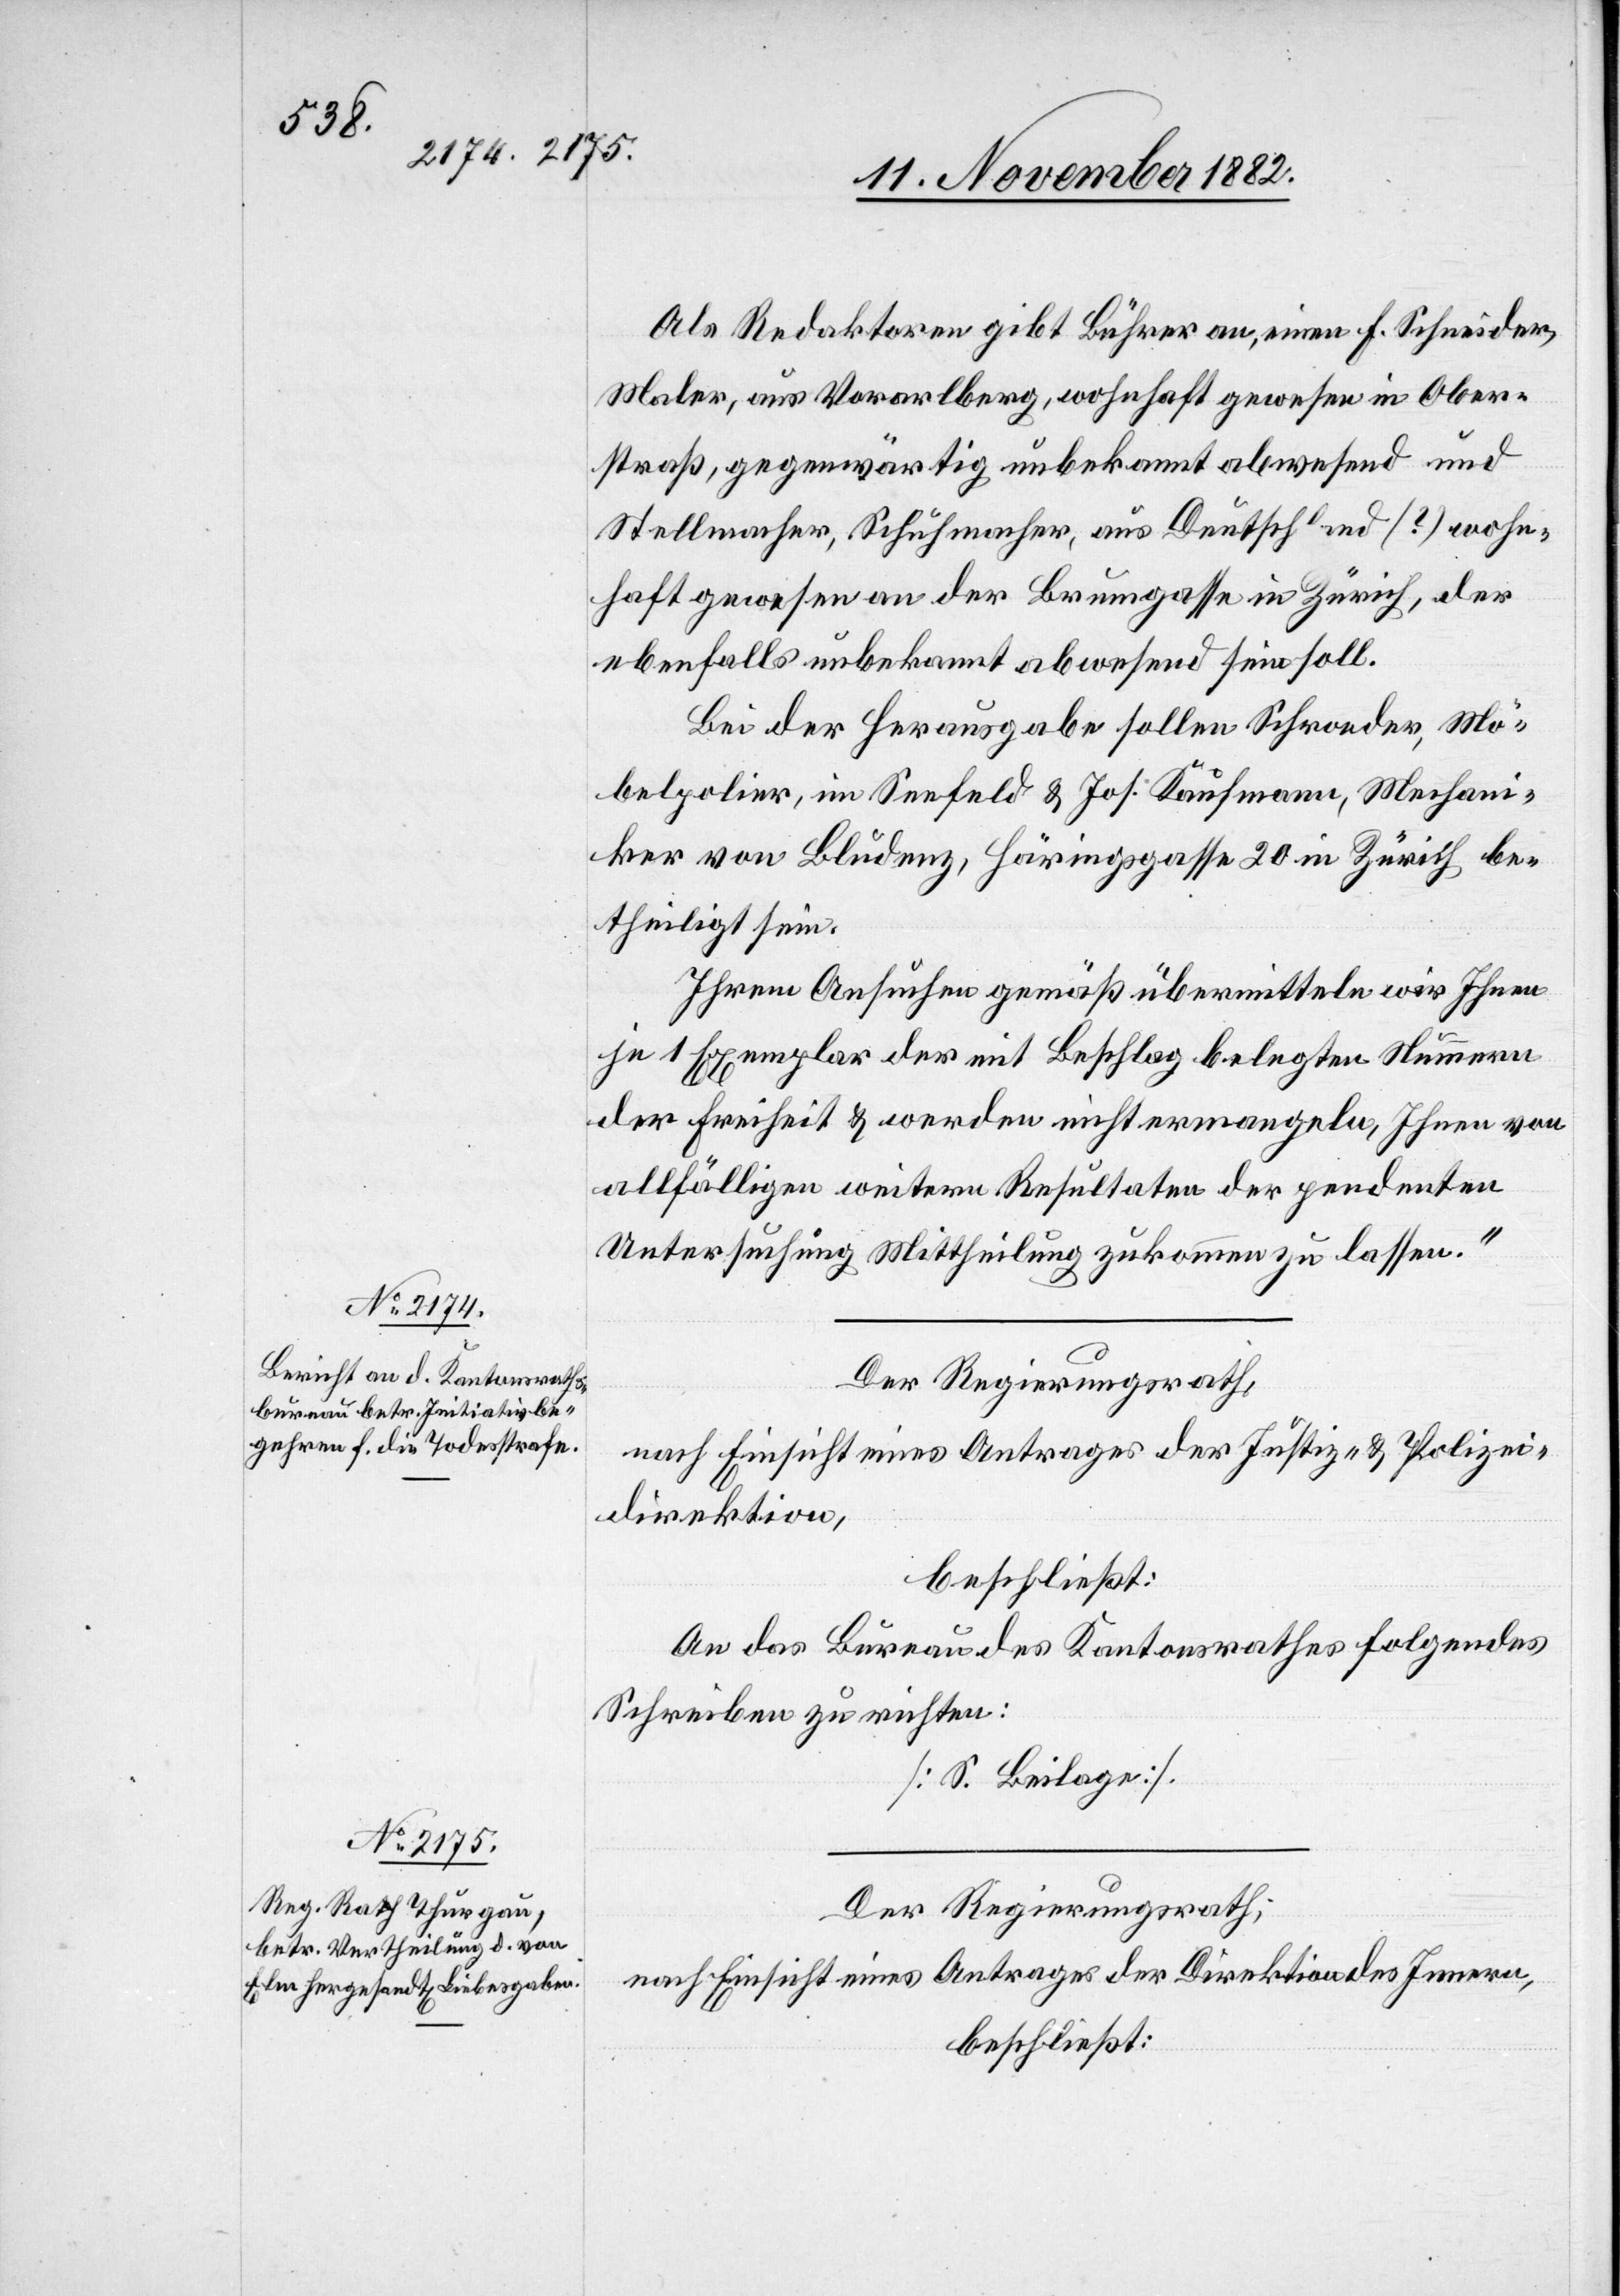
Als Redaktoren gibt Bührer an, einen F. Schneider,
Maler, aus Vorarlberg, wohnhaft gewesen in Ober¬
straß, gegenwärtig unbekannt abwesend und
Stellmacher, Schumacher, aus Deutschland [?] wohn¬
haft gewesen an der Brumgasse in Zürich, der
ebenfalls unbekannt abwesend sein soll.
Bei der Herausgabe sollen Schroeder, Mö¬
belpolier, im Seefeld & Jos. Kaufmann, Mechani¬
ker von Bludenz, Häringsgasse 20 in Zürich be¬
theiligt sein.
Ihrem Ansuchen gemäß übermitteln wir Ihnen
je 1 Exemplar der mit Beschlag belegten Nummern
der Freiheit & werden nicht ermangeln, Ihnen von
allfälligen weitern Resultaten der pendenten
Untersuchung Mittheilung zukommen zu lassen.“
nach Einsicht eines Antrages der Justiz- & Polizei¬
direktion,
beschließt:
An das Bureau des Kantonsrathes folgendes
Schreiben zu richten:
[S. Beilage].
Der Regierungsrath,
nach Einsicht eines Antrages der Direktion des Innern,
beschließt: